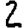
Digit: 2